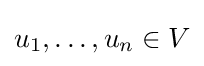
u_{1},\dots ,u_{n}\in V